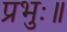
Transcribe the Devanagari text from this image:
प्रभुः॥